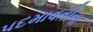
પદમાવતીના